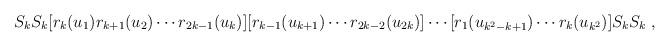
LaTeX: \begin{align*}S_{k}S_{k}[r_{k}(u_{1})r_{k+1}(u_{2})\cdots r_{2k-1}(u_{k})] [r_{k-1}(u_{k+1})\cdots r_{2k-2}(u_{2k})]\cdots[r_{1}(u_{k^{2}-k+1})\cdots r_{k}(u_{k^{2}})]S_{k}S_{k}\;, \end{align*}